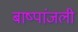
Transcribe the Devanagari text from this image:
बाष्पांजली